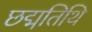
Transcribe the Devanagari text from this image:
छद्मतिथि